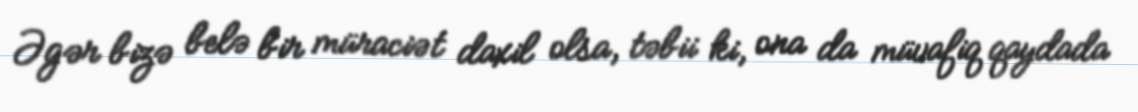
Əgər bizə belə bir müraciət daxil olsa, təbii ki, ona da müvafiq qaydada